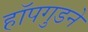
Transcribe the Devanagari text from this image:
हॉपगुडने